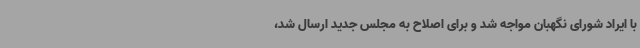
با ایراد شورای نگهبان مواجه شد و برای اصلاح به مجلس جدید ارسال شد،